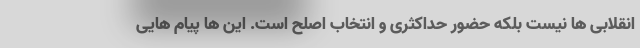
انقلابی ها نیست بلکه حضور حداکثری و انتخاب اصلح است. این ها پیام هایی